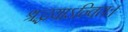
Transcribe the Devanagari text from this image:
श्रद्धयाऽन्वितः।